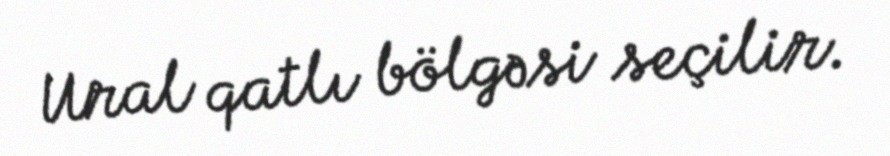
Ural qatlı bölgəsi seçilir.